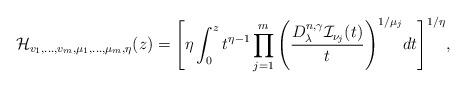
LaTeX: \begin{align*}\mathcal{H}_{v_{1},...,v_{m},\mu _{1},...,\mu _{m},\eta }(z)=\Bigg[\eta\int_{0}^{z}t^{\eta -1}\prod_{j=1}^{m}\Bigg(\frac{D_{\lambda }^{n,\gamma }\mathcal{I}_{\nu _{j}}(t)}{t}\Bigg)^{1/\mu _{j}}dt\Bigg]^{1/\eta },\end{align*}